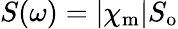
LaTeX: S(\omega)=|\chi_{\mathrm{m}}|S_{\mathrm{o}}